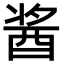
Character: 酱